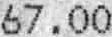
67.00